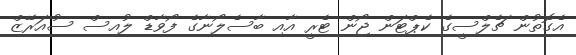
އެގޮތުން ޗެލްސީގެ ކެޕްޓަން ޖޯން ޓެރީ އާއި ބާސެލޯނާގެ ފޯވާޑް ލުއިސް ސުއަރޭޒް